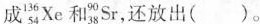
成_{54}^{136}Xe和l_{38}^{90}Sr，还放出（）。